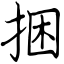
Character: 捆